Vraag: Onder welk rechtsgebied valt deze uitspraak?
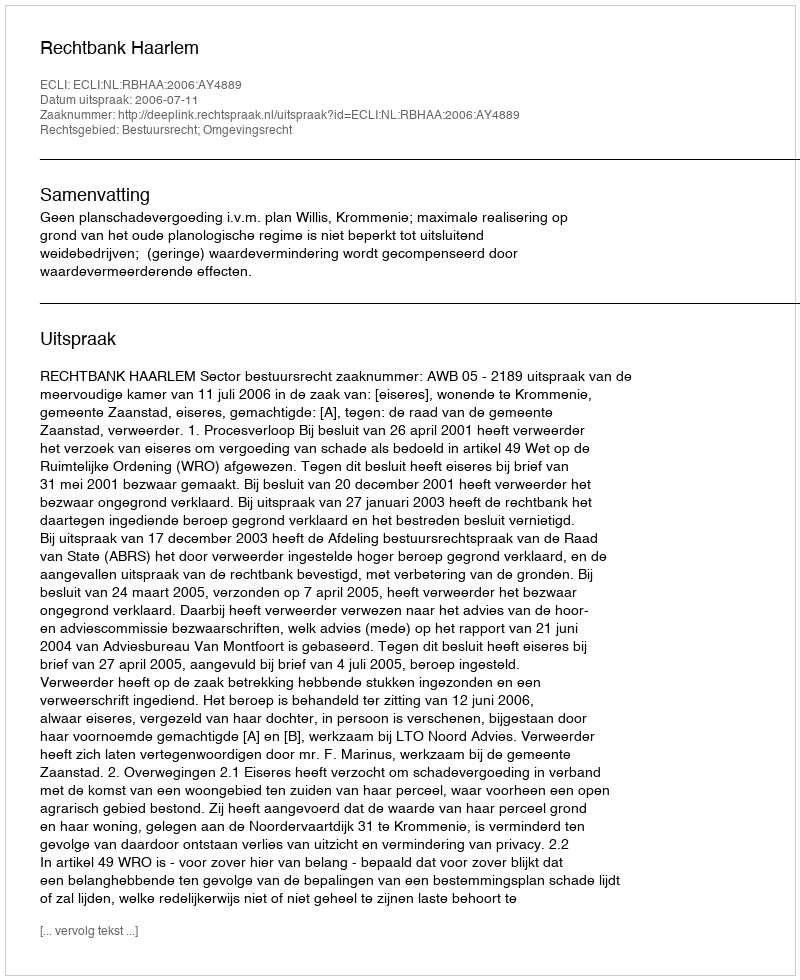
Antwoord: Bestuursrecht; Omgevingsrecht